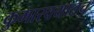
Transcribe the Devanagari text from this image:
कुमारवयातच